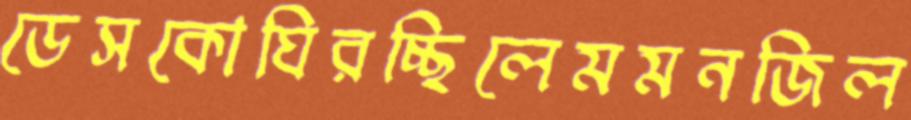
ডেসকোঘিরচ্ছিলেমমনজিল